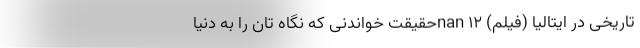
تاریخی در ایتالیا (فیلم) nan 12حقیقت خواندنی که نگاه تان را به دنیا